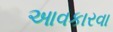
આવકારવા